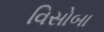
વિસોબા